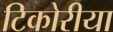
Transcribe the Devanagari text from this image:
टिकोरीया